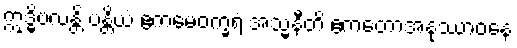
ဣဒ္ဓိဗလန္တိ ပန္တိယံ ဧကမေဝက္ခရံ အသ္မနီတိ ဧကတောအနုဿာဝနေ